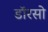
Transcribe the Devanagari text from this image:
डॉरसो